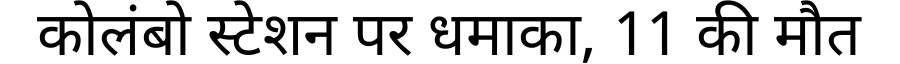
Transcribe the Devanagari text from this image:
कोलंबो स्टेशन पर धमाका, 11 की मौत